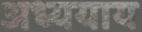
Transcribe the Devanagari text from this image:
अध्ययाय